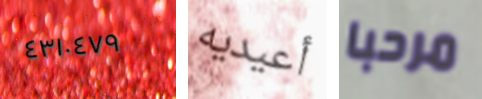
٤٣١٠٤٧٩ أعيديه مرحبا